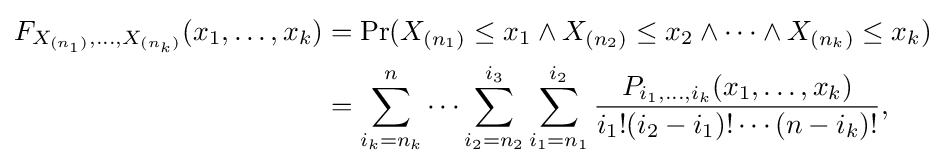
{\begin{aligned}F_{X_{(n_{1})},\ldots ,X_{(n_{k})}}(x_{1},\ldots ,x_{k})&=\Pr(X_{(n_{1})}\leq x_{1}\land X_{(n_{2})}\leq x_{2}\land \cdots \land X_{(n_{k})}\leq x_{k})\\&=\sum _{i_{k}=n_{k}}^{n}\cdots \sum _{i_{2}=n_{2}}^{i_{3}}\sum _{i_{1}=n_{1}}^{i_{2}}{\frac {P_{i_{1},\ldots ,i_{k}}(x_{1},\ldots ,x_{k})}{i_{1}!(i_{2}-i_{1})!\cdots (n-i_{k})!}},\end{aligned}}